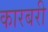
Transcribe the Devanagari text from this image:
कारबरी